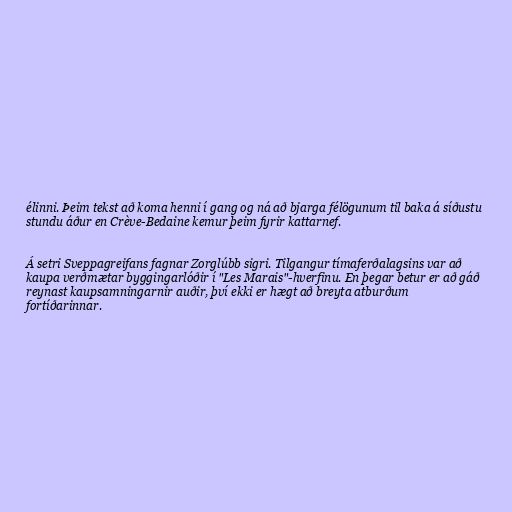
élinni. Þeim tekst að koma henni í gang og ná að bjarga félögunum til baka á síðustu
stundu áður en Crève-Bedaine kemur þeim fyrir kattarnef.

Á setri Sveppagreifans fagnar Zorglúbb sigri. Tilgangur tímaferðalagsins var að
kaupa verðmætar byggingarlóðir í "Les Marais"-hverfinu. En þegar betur er að gáð
reynast kaupsamningarnir auðir, því ekki er hægt að breyta atburðum
fortíðarinnar.